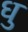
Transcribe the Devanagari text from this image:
धु